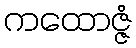
ကထောဇ္ဇံ